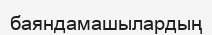
баяндамашылардың